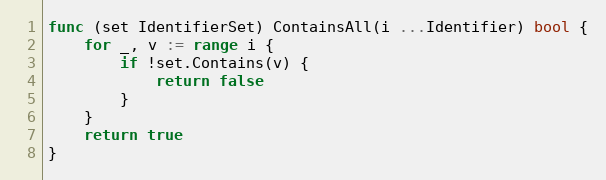
Language: Go
func (set IdentifierSet) ContainsAll(i ...Identifier) bool {
	for _, v := range i {
		if !set.Contains(v) {
			return false
		}
	}
	return true
}